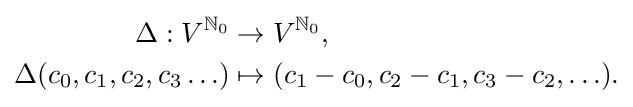
{\begin{aligned}\Delta :V^{\mathbb {N} _{0}}&\to V^{\mathbb {N} _{0}},\\\Delta (c_{0},c_{1},c_{2},c_{3}\ldots )&\mapsto (c_{1}-c_{0},c_{2}-c_{1},c_{3}-c_{2},\ldots ).\\\end{aligned}}